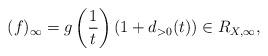
LaTeX: \begin{align*} (f)_\infty = g\left(\frac{1}{t}\right)(1+d_{>0}(t)) \in R_{X,\infty},\end{align*}